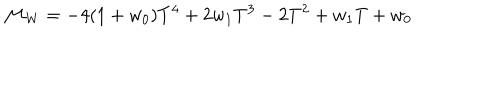
LaTeX: { \cal M } _ { W } = - 4 ( 1 + w _ { 0 } ) T ^ { 4 } + 2 w _ { 1 } T ^ { 3 } - 2 T ^ { 2 } + w _ { 1 } T + w _ { 0 }